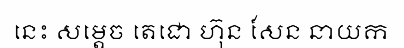
នេះ សម្តេច តេជោ ហ៊ុន សែន នាយក